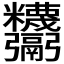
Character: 𩱸